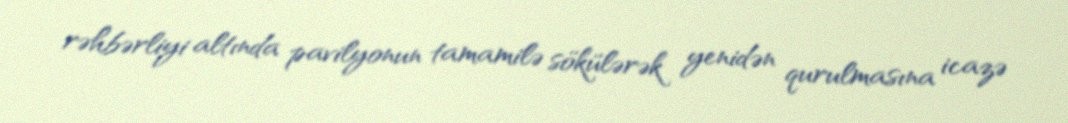
rəhbərliyi altında pavilyonun tamamilə sökülərək yenidən qurulmasına icazə